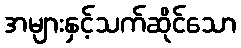
အများနှင့်သက်ဆိုင်သော